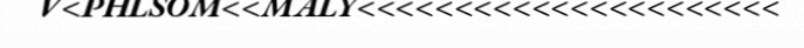
V<PHLSOM<<MALY<<<<<<<<<<<<<<<<<<<<<<